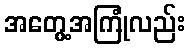
အတွေ့အကြုံလည်း